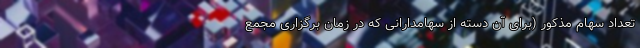
تعداد سهام مذکور (برای آن دسته از سهامدارانی که در زمان برگزاری مجمع